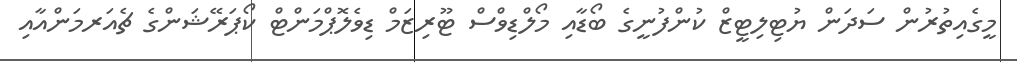
މީގެއިތުރުން ސަދަން ޔުޓިލިޓީޒް ކުންފުނީގެ ބޯޑާއި މޯލްޑިވްސް ޓޫރިޒަމް ޑިވެލޮޕްމަންޓް ކޯޕަރޭޝަންގެ ޗެއަރމަންއާއި